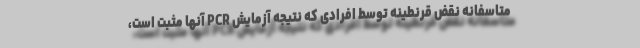
متاسفانه نقض قرنطینه توسط افرادی که نتیجه آزمایش PCR آنها مثبت است،